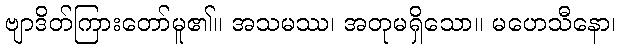
ဗျာဒိတ်ကြားတော်မူ၏။ အသမဿ၊ အတုမရှိသော။ မဟေသီနော၊